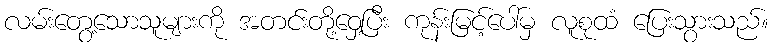
လမ်းတွေ့သောသူများကို အတင်းတို့ဝှေ့ပြီး ကုန်းမြင့်ပေါ်မှ လူစုထံ ပြေးသွားသည်။